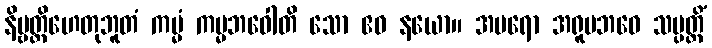
နိဗ္ဗတ္တိဟေတုဘူတံ ကမ္မံ ကမ္မဘဝေါတိ သော ဧဝ နယော။ အပရော အရူပဘဝေ သမ္ပတ္တိံ